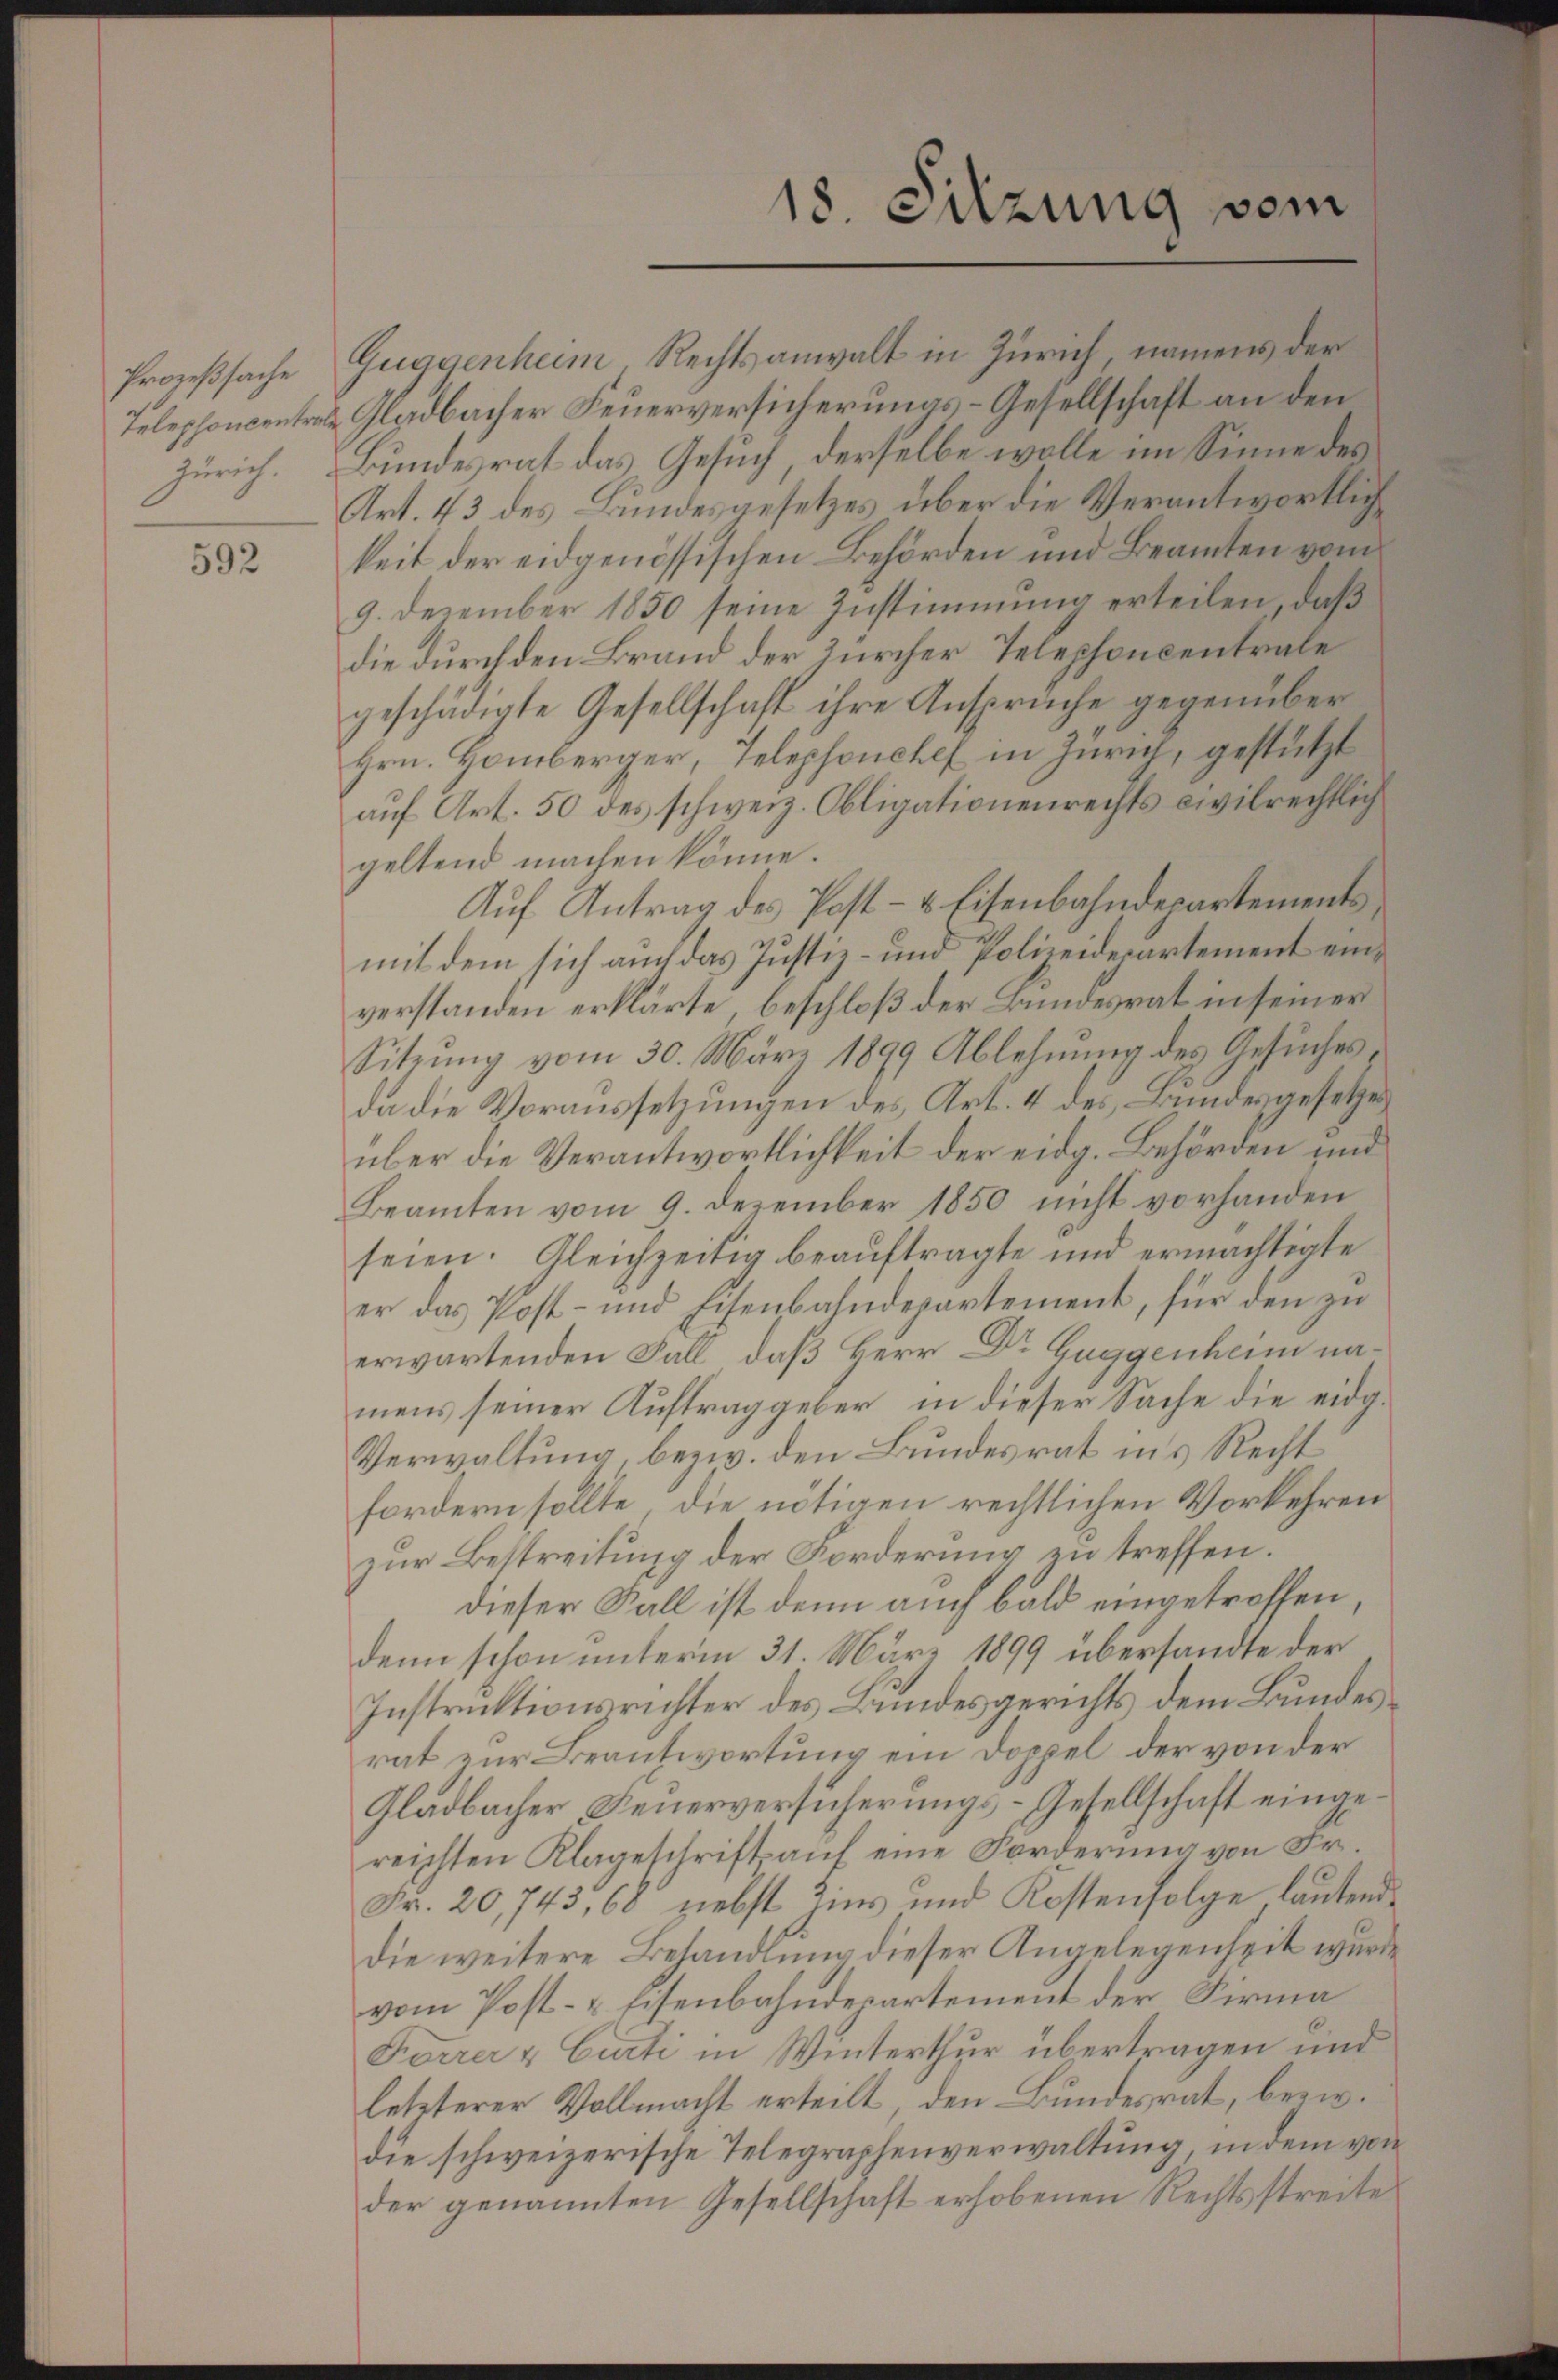
Prozeßsache
Zürich.

592

18. Sitzung vom

Guggenheim Rechtsanwalt in Zürich, namens der
Telephonventars Gladbacher Feuerversicherungs-Gesellschaft an den
Bundesrat das Gesuch, derselbe wolle im Sinne des
Art. 43 des Bundesgesetzes über die Verantwortlich
keit der eidgenössischen Behörden und Beamten vom
9. Dezember 1850 seine Zustimmung erteilen, daß
die durch den Brand der zürcher Telephoncentrale
geschädigte Gesellschaft ihre Ansprüche gegenüber
Hrn. Homberger, Telephonshof in Zürich, gestützt
auf Art. 50 des schweiz. Obligationenrechts civilrechtlich
geltend machen könne.
Auf Antrag des Post- & Eisenbahndepartements
mit dem sich auch das Justiz- und Polizeidepartement einverstanden erklärte, beschloß der Bundesrat in seiner
Sitzung vom 30. März 1899 Ablehnung des Gesuches
da die Voraussetzungen des Art. 4 des Bundesgesetzes
über die Verantwortlichkeit der eidg. Behörden und
Beamten vom 9. Dezember 1850 nicht vorhanden
seien. Gleichzeitig beauftragte und ermächtigte
er das Post- und Eisenbahndepartement, für den zu
erwartenden Fall, daß Herr Dr Guggenheim namens seiner Auftrag geber, in dieser Sache die eidg¬
Verwaltung, bezw. den Bundesrat ins Recht
fordern sollte, die nötigen rechtlichen Vorkehren
zur Bestreitung der Forderung zu treffen.
dieser Fall ist denn auch bald eingetroffen,
denn schon unterm 31. März 1899 übersandte der
Instruktionsrichter des Bundesgerichts dem Bundes
rat zur Beantwortung ein Doppel, der von der
Gladbacher Feuerversicherungs-Gesellschaft eingereichten Klageschrift auf eine Forderung von Fr.
Fr. 20,743, 68 nebst Zins und Kostenfolge lautend
die weitere Behandlung dieser Angelegenheit wurde
vom Post- & Eisenbahndepartement der Firma
Forrer & Curti in Winterthur übertragen und
letzterer Vollmacht erteilt, den Bundesrat, bezw.
die schweizerische Telegraphenverwaltung in dem von
der genannten Gesellschaft erhobenen Rechtsstreite